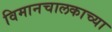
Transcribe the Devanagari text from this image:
विमानचालकाच्या